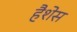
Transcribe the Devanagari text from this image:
हैशेस